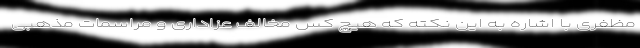
مظفری با اشاره به این نکته که هیچ کس مخالف عزاداری و مراسمات مذهبی